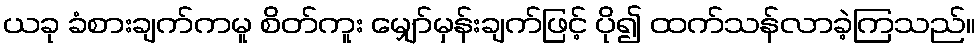
ယခု ခံစားချက်ကမူ စိတ်ကူး မျှော်မှန်းချက်ဖြင့် ပို၍ ထက်သန်လာခဲ့ကြသည်။